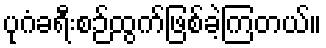
ပုဂံခရီးစဉ်ထွက်ဖြစ်ခဲ့ကြတယ်။